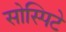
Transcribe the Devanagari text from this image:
सोस्पिटे